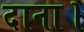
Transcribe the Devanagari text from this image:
दाना।